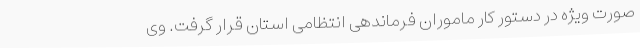
صورت ویژه در دستور کار ماموران فرماندهی انتظامی استان قرار گرفت. وی